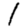
Digit: 1